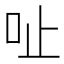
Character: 𠯽